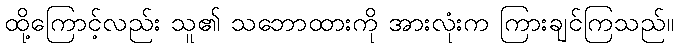
ထို့ကြောင့်လည်း သူ၏ သဘောထားကို အားလုံးက ကြားချင်ကြသည်။